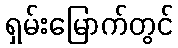
ရှမ်းမြောက်တွင်